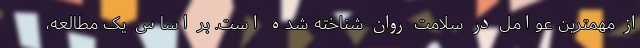
از مهمترین عوامل در سلامت روان شناخته شده است. بر اساس یک مطالعه،